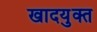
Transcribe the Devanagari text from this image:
खादयुक्त